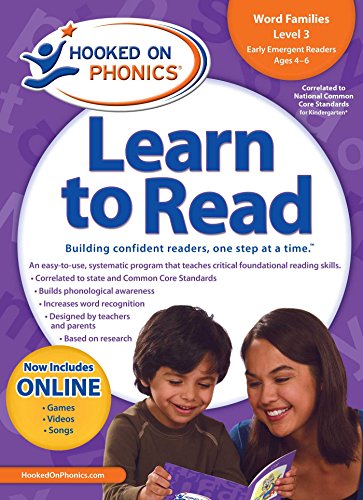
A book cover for Hooked on Phonics Learn to Read Kindergarten Level 1; Children's Books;